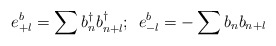
\begin{align*}e_{+l}^{b}=\sum b_{n}^{\dagger}b_{n+l}^{\dagger};\hspace{2mm}e_{-l}^{b}=-\sum b_{n}b_{n+l}\end{align*}